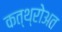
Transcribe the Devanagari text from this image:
कत्थ्रोअत